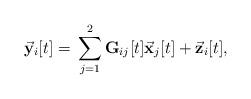
LaTeX: \begin{align*} \vec{\mathbf{y}}_i[t] ={}& \sum_{j=1}^2 \mathbf{G}_{ij}[t]\vec{\mathbf{x}}_j[t] + \vec{\mathbf{z}}_i[t],\end{align*}